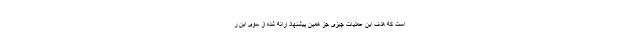
است که هدف این عملیات چیزی جز همین پیشنهاد ارائه شده از سوی این ر